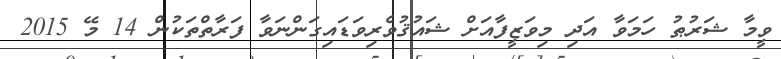
ވީމާ ޝަރުޠު ހަމަވާ އަދި މިވަޒީފާއަށް ޝައުޤުވެރިވަޑައިގަންނަވާ ފަރާތްތަކުން 14 މޭ 2015